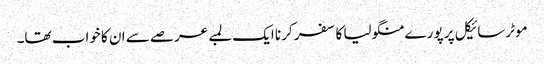
موٹرسائیکل پر پورے منگولیا کا سفر کرنا ایک لمبے عرصے سے ان کا خواب تھا۔